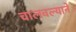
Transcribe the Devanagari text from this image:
चालवल्याने